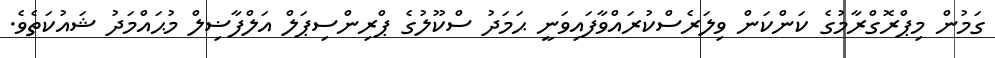
ގަމުން މިޕްރޮގްރާމުގެ ކަންކަން ވިލަރެސްކުރައްވާފައިވަނީ ޙަމަދު ސްކޫލުގެ ޕްރިންސިޕަލް އަލްފާޟިލް މުޙައްމަދު ޝައުކަތެވެ.